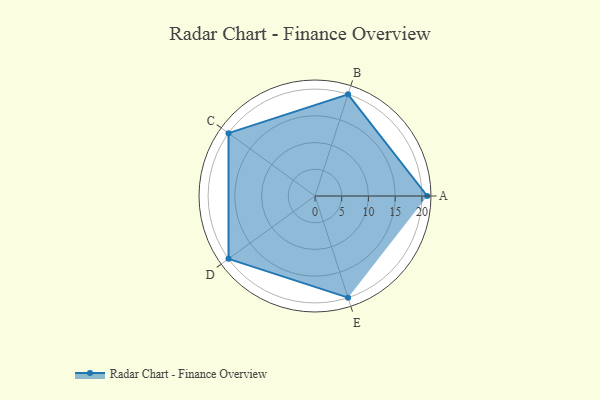
{"axis": {"x": "Skill", "y": "Score"}, "legend": ["Profile"], "data": [{"x": "A", "y": 21.0, "type": "Profile"}, {"x": "B", "y": 20, "type": "Profile"}, {"x": "C", "y": 20, "type": "Profile"}, {"x": "D", "y": 20, "type": "Profile"}, {"x": "E", "y": 20, "type": "Profile"}]}